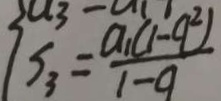
S _ { 3 } = \frac { a _ { 1 } ( 1 - q ^ { 2 } ) } { 1 - q }